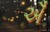
ઐઁ